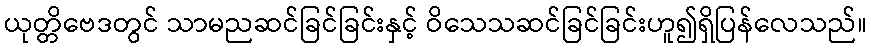
ယုတ္တိဗေဒတွင် သာမညဆင်ခြင်ခြင်းနှင့် ဝိသေသဆင်ခြင်ခြင်းဟူ၍ရှိပြန်လေသည်။